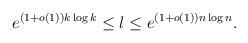
LaTeX: \begin{align*} e^{(1+o(1))k \log k}\le l\le e^{(1+o(1)) n\log n}. \end{align*}